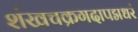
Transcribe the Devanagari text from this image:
शंखचक्रगदापद्मधरं